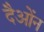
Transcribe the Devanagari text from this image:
दैओंन